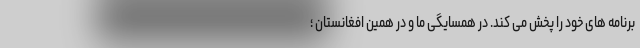
برنامه های خود را پخش می کند. در همسایگی ما و در همین افغانستان ؛